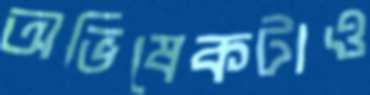
অভিষেকটাও